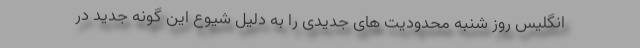
انگلیس روز شنبه محدودیت های جدیدی را به دلیل شیوع این گونه جدید در